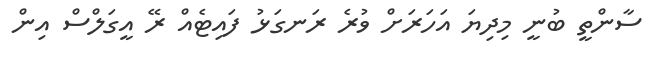
ސާންތީ ބުނީ މިދިޔަ އަހަރަށް ވުރެ ރަނގަޅު ފައިޓެއް ރޭ އީގަލްސް އިން